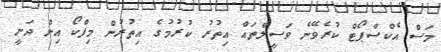
މަސް އެކްސްޕޯޓް ކުރެވޭނެ ވަސީލްތައް އިތުރު ކުރުމުގެ އިތުރުން މިފްކޯ އިން ދަނީ